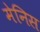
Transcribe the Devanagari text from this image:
मेनिस